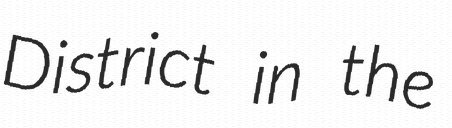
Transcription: District in the